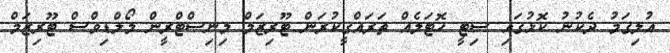
އުލިގަމު ދެކުނު ކޮޅުގައި ސިޓީ ހޮޓަލެއް ތަރައްގީކުރަން ޓޫރިޒަމް މިނިސްޓްރީން މޯލްޑިވްސް ޓޫރިޒަމް